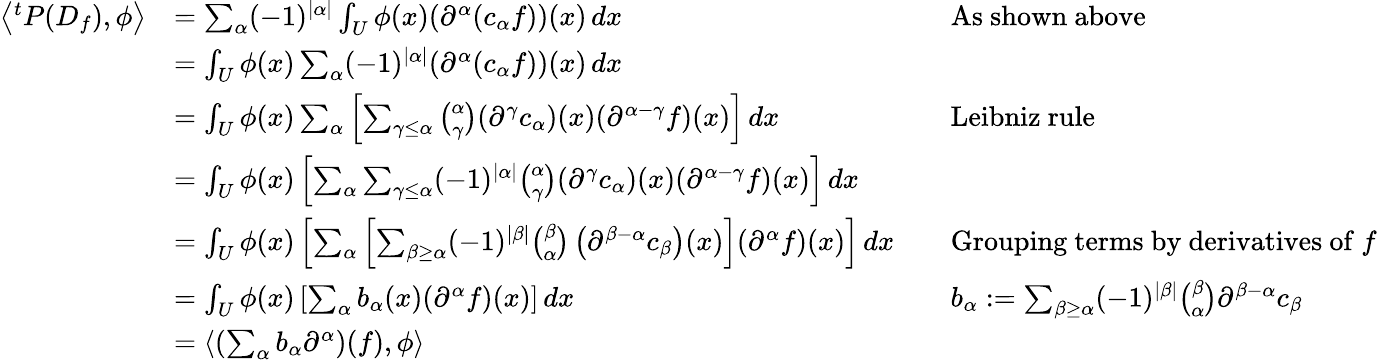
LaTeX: {\begin{array}{rlrl}{\left\langle^{t}P(D_{f}),\phi\right\rangle}&{=\sum_{\alpha}(-1)^{|\alpha|}\int_{U}\phi(x)(\partial^{\alpha}(c_{\alpha}f))(x)\, dx}&&{{\mathrm{As~shown~above}}}\\ &{=\int_{U}\phi(x)\sum_{\alpha}(-1)^{|\alpha|}(\partial^{\alpha}(c_{\alpha}f))(x)\, dx}\\ &{=\int_{U}\phi(x)\sum_{\alpha}\left[\sum_{\gamma\leq\alpha}{\binom{\alpha}{\gamma}}(\partial^{\gamma}c_{\alpha})(x)(\partial^{\alpha-\gamma}f)(x)\right]\, dx}&&{{\mathrm{Leibniz~rule}}}\\ &{=\int_{U}\phi(x)\left[\sum_{\alpha}\sum_{\gamma\leq\alpha}(-1)^{|\alpha|}{\binom{\alpha}{\gamma}}(\partial^{\gamma}c_{\alpha})(x)(\partial^{\alpha-\gamma}f)(x)\right]\, dx}\\ &{=\int_{U}\phi(x)\left[\sum_{\alpha}\left[\sum_{\beta\geq\alpha}(-1)^{|\beta|}{\binom{\beta}{\alpha}}\left(\partial^{\beta-\alpha}c_{\beta}\right)(x)\right](\partial^{\alpha}f)(x)\right]\, dx}&&{{\mathrm{Grouping~terms~by~derivatives~of~}}f}\\ &{=\int_{U}\phi(x)\left[\sum_{\alpha}b_{\alpha}(x)(\partial^{\alpha}f)(x)\right]\, dx}&&{b_{\alpha}:=\sum_{\beta\geq\alpha}(-1)^{|\beta|}{\binom{\beta}{\alpha}}\partial^{\beta-\alpha}c_{\beta}}\\ &{=\left\langle\left(\sum_{\alpha}b_{\alpha}\partial^{\alpha}\right)(f),\phi\right\rangle}\end{array}}